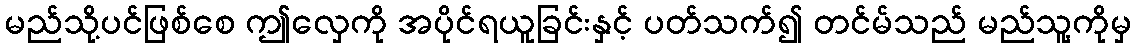
မည်သို့ပင်ဖြစ်စေ ဤလှေကို အပိုင်ရယူခြင်းနှင့် ပတ်သက်၍ တင်မ်သည် မည်သူ့ကိုမှ